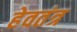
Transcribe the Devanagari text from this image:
हेवतंत्र